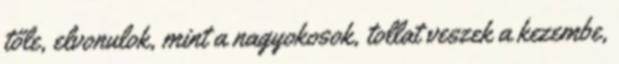
tőle, elvonulok, mint a nagyokosok, tollat veszek a kezembe,